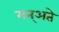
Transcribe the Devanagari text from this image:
मन्अते